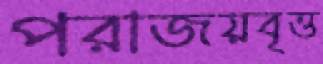
পরাজয়বৃত্ত